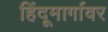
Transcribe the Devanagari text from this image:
हिंदूमार्गावर